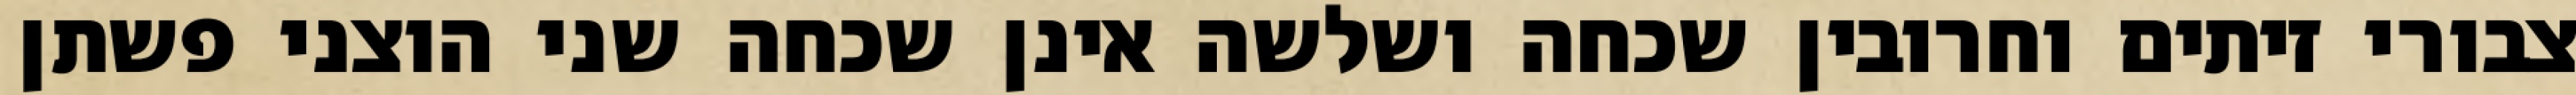
צבורי זיתים וחרובין שכחה ושלשה אינן שכחה שני הוצני פשתן